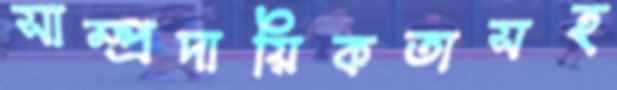
সাম্প্রদায়িকতাসহ